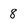
Character: 8